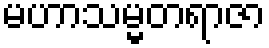
မဟာသမ္မတရာဇာ